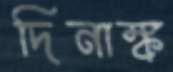
দিনাঙ্ক